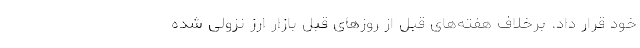
خود قرار داد. برخلاف هفته‌های قبل از روزهای قبل بازار ارز نزولی شده